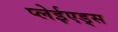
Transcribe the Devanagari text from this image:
प्लेईएड्स